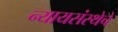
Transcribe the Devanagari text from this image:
न्यायसंस्थेचे